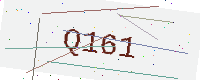
Text: Q161